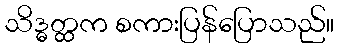
သိဒ္ဓတ္ထက စကားပြန်ပြောသည်။